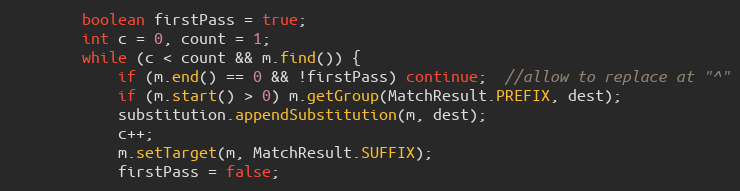
Language: Java
        boolean firstPass = true;
        int c = 0, count = 1;
        while (c < count && m.find()) {
            if (m.end() == 0 && !firstPass) continue;  //allow to replace at "^"
            if (m.start() > 0) m.getGroup(MatchResult.PREFIX, dest);
            substitution.appendSubstitution(m, dest);
            c++;
            m.setTarget(m, MatchResult.SUFFIX);
            firstPass = false;